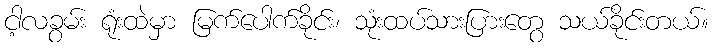
ငါ့လခွမ်း ရုံးထဲမှာ မြက်ပေါက်ခိုင်း၊ သုံးထပ်သားပြားတွေ သယ်ခိုင်းတယ်။